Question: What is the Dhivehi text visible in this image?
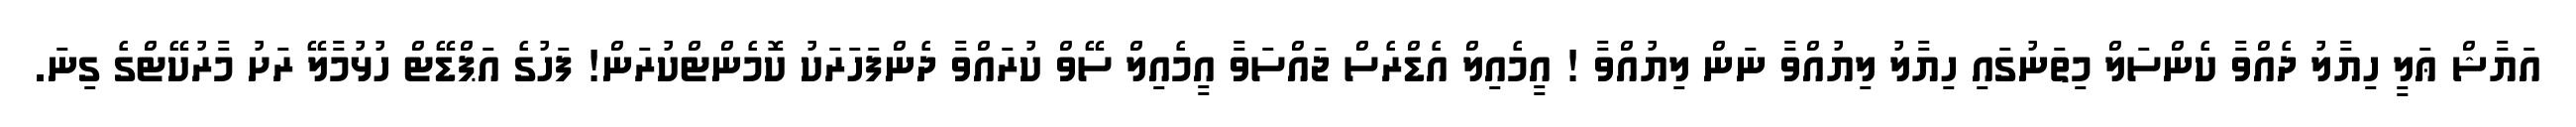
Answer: އަޔާޝް ޢަލީ ހިޔާލު ދެއްވާ ކެންސަލް މިތަނުގައި ހިޔާލު ލިޔުއްވާ ނަން ލިޔުއްވާ ! އީމެއިލް އެޑްރެސް ޖައްސަވާ އީމެއިލް ސޭވް ކުރައްވާ ދެންފަހަރަކު ކޮމެންޓްކުރަން! ފަހުގެ އަޕްޑޭޓް ހުޅުމާލޭ ރަށު މާރުކޭޓްގެ ގިނަ.